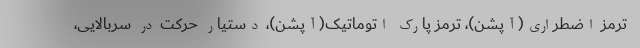
ترمز اضطراری(آپشن)، ترمز پارک اتوماتیک(آپشن)، دستیار حرکت در سربالایی،